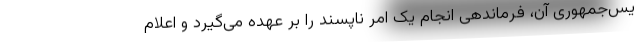
یس‌جمهوری آن، فرماندهی انجام یک امر ناپسند را بر عهده می‌گیرد و اعلام